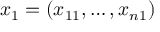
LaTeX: x _ { 1 } = ( x _ { 1 1 } , \dots , x _ { n 1 } )